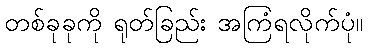
တစ်ခုခုကို ရုတ်ခြည်း အကြံရလိုက်ပုံ။